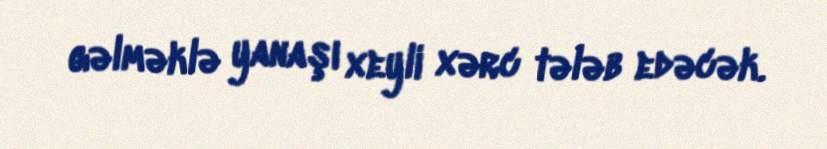
gəlməklə yanaşı xeyli xərc tələb edəcək.